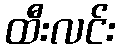
ထီးလင်း